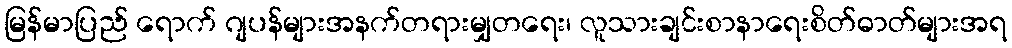
မြန်မာပြည် ရောက် ဂျပန်များအနက်တရားမျှတရေး၊ လူသားချင်းစာနာရေးစိတ်ဓာတ်များအရ